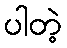
ပါတဲ့